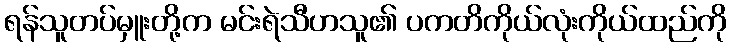
ရန်သူတပ်မှူးတို့က မင်းရဲသီဟသူ၏ ပကတိကိုယ်လုံးကိုယ်ထည်ကို